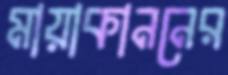
মায়াকাননের